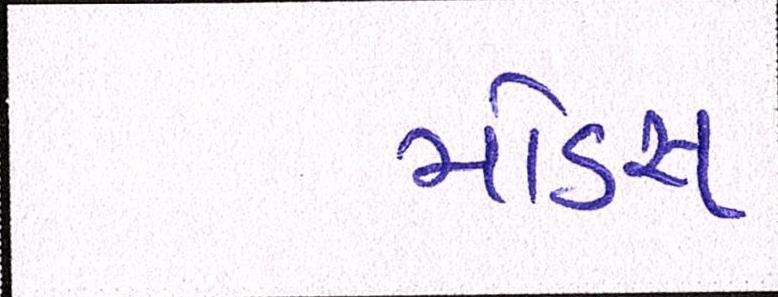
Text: મોડસ